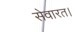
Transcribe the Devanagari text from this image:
सेवारत।